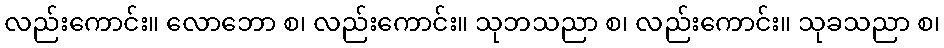
လည်းကောင်း။ လောဘော စ၊ လည်းကောင်း။ သုဘသညာ စ၊ လည်းကောင်း။ သုခသညာ စ၊